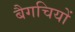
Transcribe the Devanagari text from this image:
बैगचियों